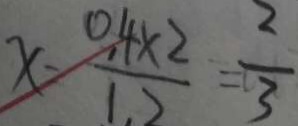
x = \frac { 0 . 4 \times 2 } { 1 . 2 } = \frac { 2 } { 3 }